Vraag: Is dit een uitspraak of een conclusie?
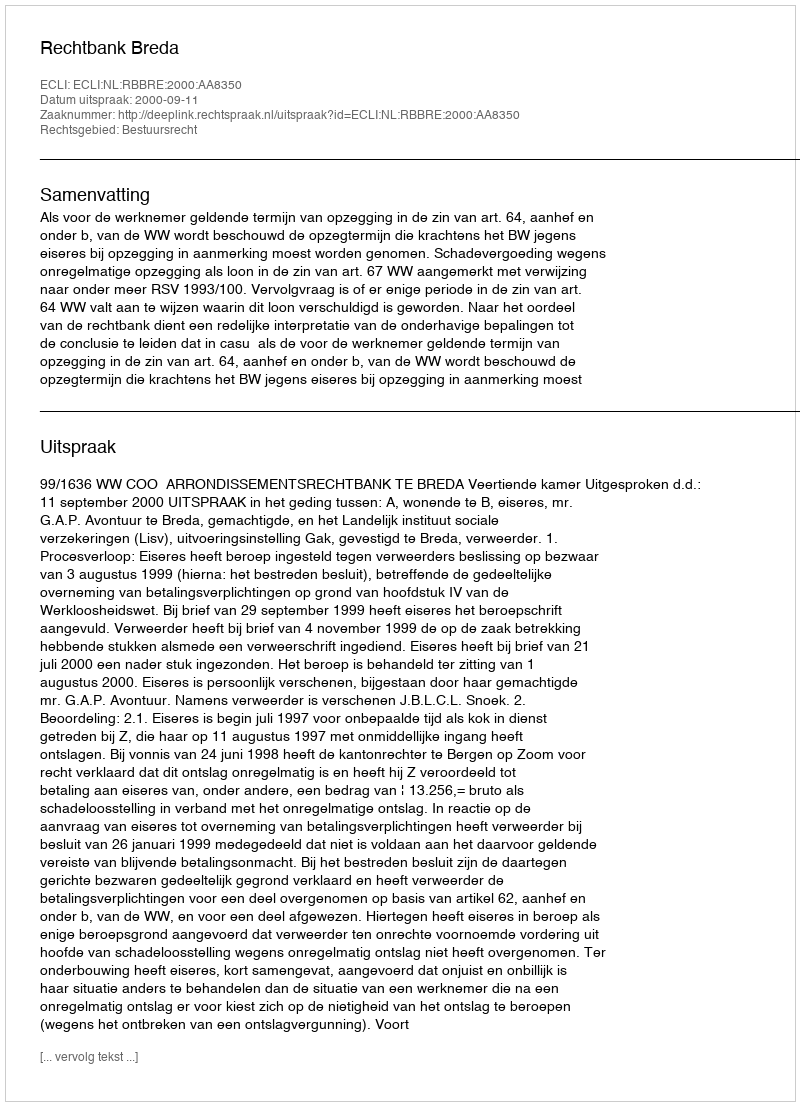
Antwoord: Uitspraak